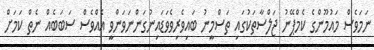
ނަމަވެސް މައުމޫންގެ ކެމްޕޭނު ޖަލްސާތަކުގައި ތަސްމީނު ބައިވެރިވެވަޑައިނުގަންނަވަންވީ އެއްވެސް ސަބަބެއް ނެތް ކަމަށް